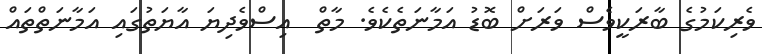
ވެރިކަމުގެ ބާރަކީވެސް ވަރަށް ބޮޑު އަމާނަތެކެވެ. މާތް  އިސްވެދިޔަ އާޔަތުގައި އަމާނަތްތައް